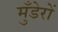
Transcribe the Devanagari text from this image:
मुँडेरों